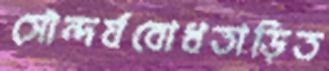
সৌন্দর্যবোধতাড়িত